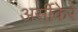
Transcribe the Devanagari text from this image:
अर्सीकेरे